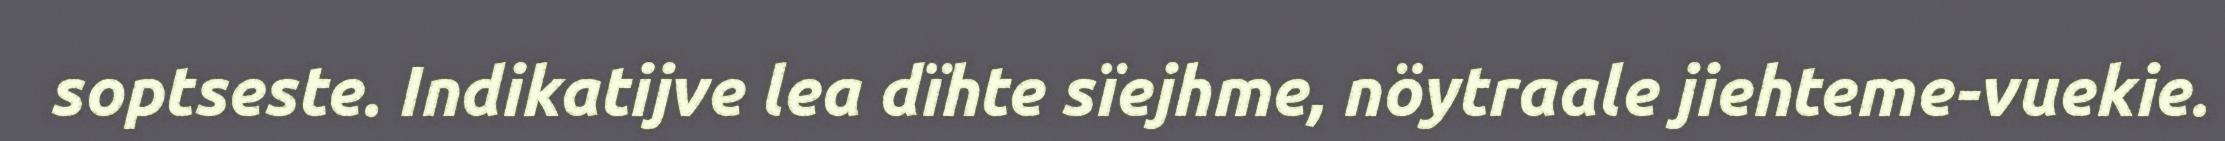
soptseste. Indikatijve lea dïhte sïejhme, nöytraale jiehteme-vuekie.